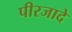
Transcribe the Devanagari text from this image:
पीरजादे